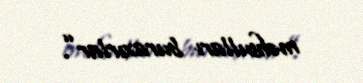
məhsulları buraxırlar”.